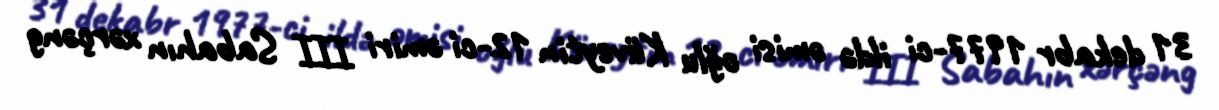
31 dekabr 1977-ci ildə əmisi oğlu Küveytin 12-ci əmiri III Sabahın xərçəng